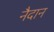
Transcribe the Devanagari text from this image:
नैदान